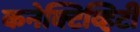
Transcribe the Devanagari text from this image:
कनेक्टिव्हिटी